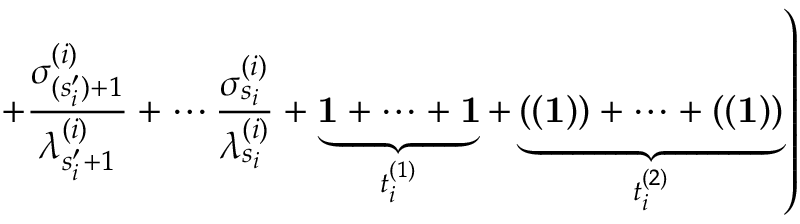
\left. + \frac { \sigma _ { ( s _ { i } ^ { \prime } ) + 1 } ^ { ( i ) } } { \lambda _ { s _ { i } ^ { \prime } + 1 } ^ { ( i ) } } + \cdots \frac { \sigma _ { s _ { i } } ^ { ( i ) } } { \lambda _ { s _ { i } } ^ { ( i ) } } + \underbrace { { \bf 1 } + \cdots + { \bf 1 } } _ { t _ { i } ^ { ( 1 ) } } + \underbrace { ( ( \bf 1 ) ) + \cdots + ( ( 1 ) ) } _ { t _ { i } ^ { ( 2 ) } } \right)